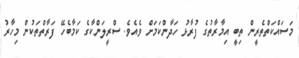
މަސައްކަތްތެރީން ތިބީ އިމާރާތުގެ ފުރާޅު ހަދާންކަމަށް ވެއެވެ. ސްރީލަންކާގެ ކަމާބެހޭ ފަރާތްތަކުން މިހާރު